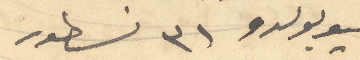
ليوبولدو 31 نسطور